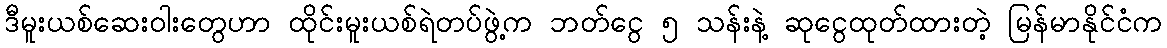
ဒီမူးယစ်ဆေးဝါးတွေဟာ ထိုင်းမူးယစ်ရဲတပ်ဖွဲ့က ဘတ်ငွေ ၅ သန်းနဲ့ ဆုငွေထုတ်ထားတဲ့ မြန်မာနိုင်ငံက